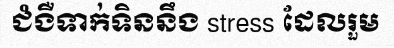
ជំងឺទាក់ទិននឹង stress ដែលរួម